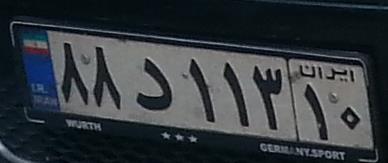
۸۸د۱۱۳۱۰